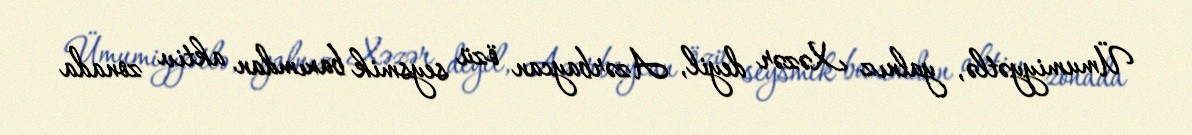
Ümumiyyətlə, yalnız Xəzər deyil, Azərbaycan özü seysmik baxımdan aktiv zonada